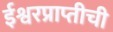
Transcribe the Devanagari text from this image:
ईश्वरप्राप्तीची